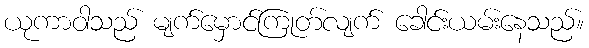
ယုကာဝါသည် မျက်မှောင်ကြုတ်လျက် ခေါင်းယမ်းနေသည်။